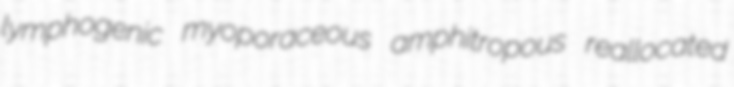
lymphogenic myoporaceous amphitropous reallocated